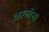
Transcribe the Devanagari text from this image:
कालीन।